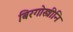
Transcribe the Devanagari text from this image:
बिरगोस्त्रीनि